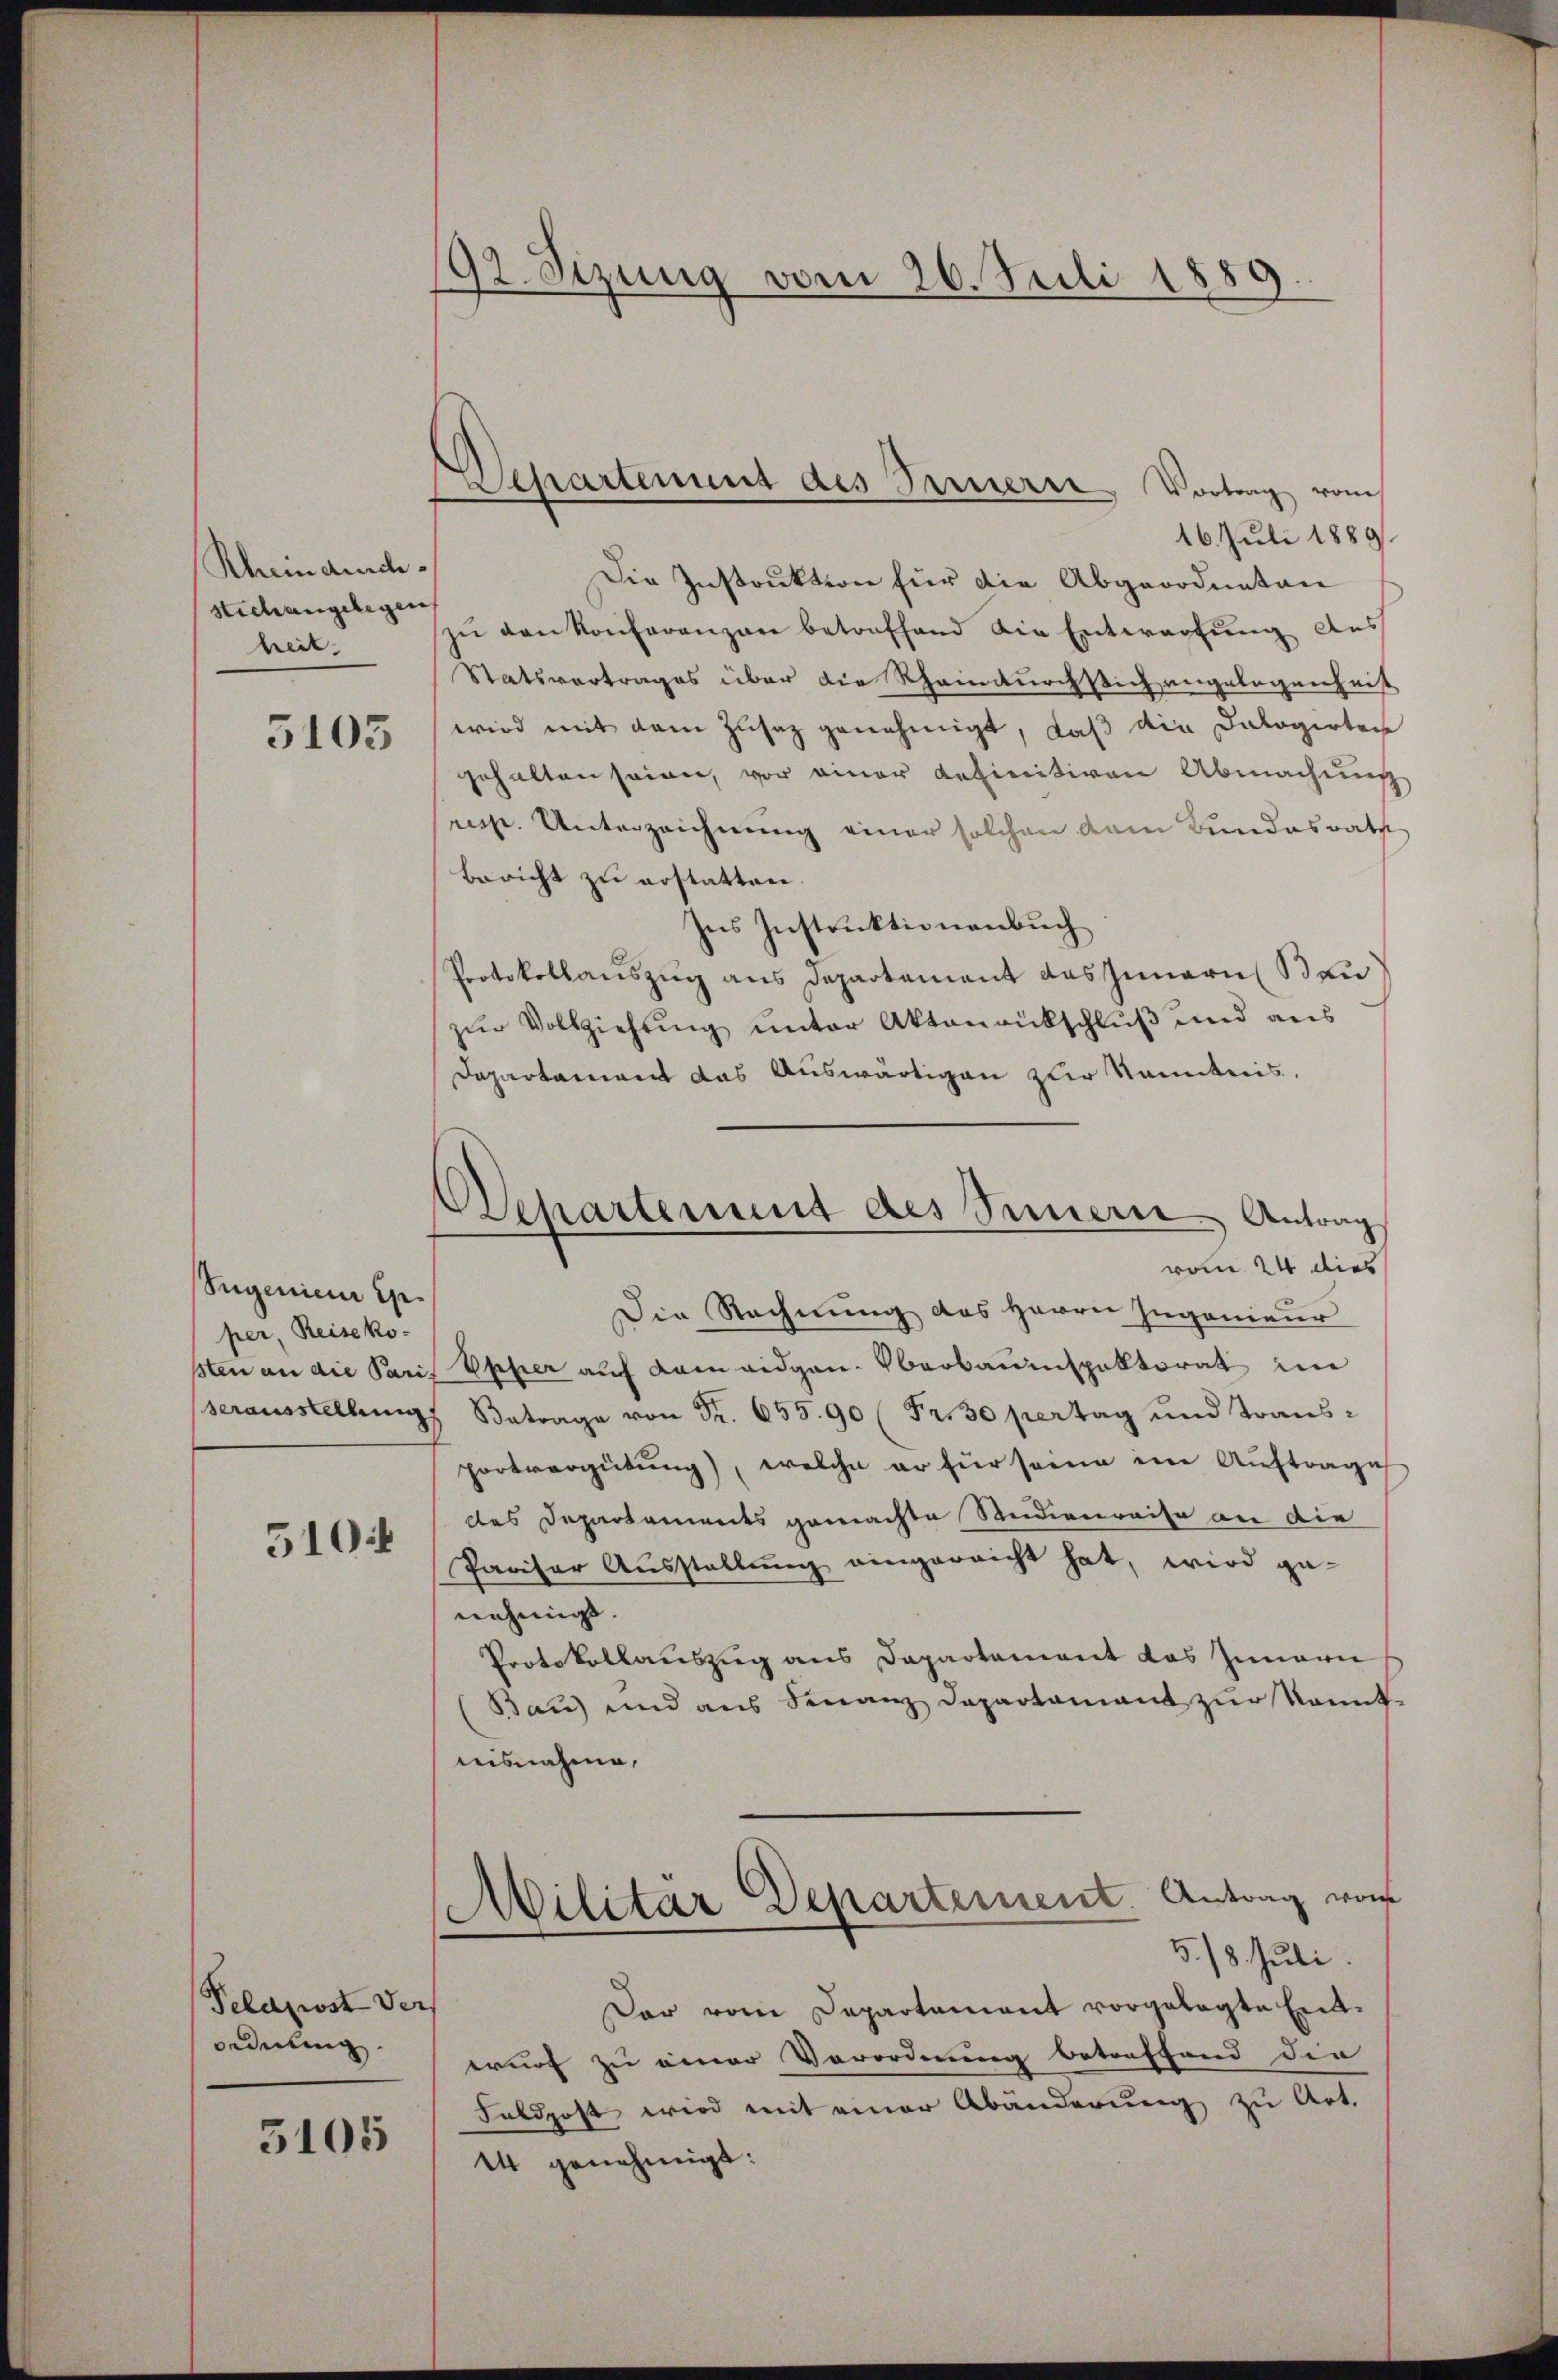
Rhein durch
stechangelegen
heit.

5103

Sugenieur Erper, Reiseko-
serausstellung

5104

Pelapost der
ordnung

5105

92. Sizung vom 26. Juli 1889.

Separtement des Feuerre Vortrag vom

16. Juli 1889
Die Instruktion für die Abgeordneten
zŭ den Konferenzen betonfhand die Entwerfung des
Statsvertrages über die Rheinturchsich angelegenheit
wird mit dem Zusatz genehmigt, daß die Dalogirten
gehalten seien, vor einer definitiven Abmachung
resst. Unterzeichnung einer solchen dem Bundesrath
bericht zu erstatten.
Ins Instruktionenbuch
Protokollauszug aus Departement das Innern Bau
zŭr Vollziehung unter Aktenrückschluß und aus
Departament das Auswärtigen zur Kenntnis,
Die Rechnung des Herrn Ingenieur
sten an die Paris Opper auf kam eidgan barbauinspektorat im
Betrag von Fr. 655. 90 (Fr. 30 pertag und Transportvergütung), welche er für seine im Auftrage
des Departaments gemachte Studienreise an die
Pariser Ausstellung eingerricht hat, wird ge-
nehmigt. |
Protokollauszug aus Departement das Innern
(Bau) und ans Finanz Departamant zur kannt-
aisnahme,
Militär Departement. Antrag von
5/8 Juli
Dar vom Departement vorgelegte Entrurf zu einer Vorordnung betreffend die
Feldpost wird mit einer Abänderung zu Art.
14 genehmigt:

Dehartenmut des Simern Antrag
rote 24 dies